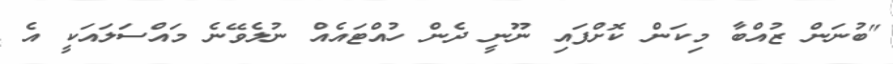
"ބުނަން ޒުއްބާ މިކަން ކޮށްފައި ނޫނީ ދެން ހުއްޓައެއް ނުލެވޭނެ މައްސަލައަކީ އެ